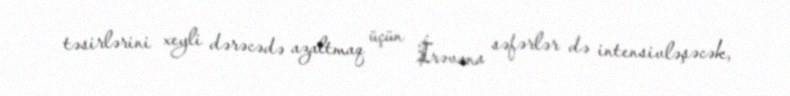
təsirlərini xeyli dərəcədə azaltmaq üçün İrəvana səfərlər də intensivləşəcək,